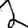
Digit: 2